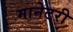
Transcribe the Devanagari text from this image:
मानेटरी